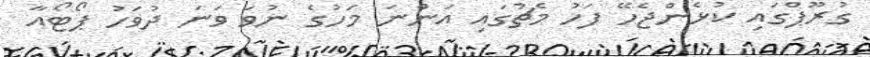
ގުރޫޕްގައި ކުޅެންޖެހޭ ފަހު މެޗުގައި އަންނަ މަހުގެ ނުވަ ވަނަ ދުވަހު ޕޯޓޯއާ